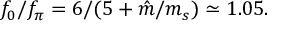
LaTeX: f _ { 0 } / f _ { \pi } = 6 / ( 5 + \hat { m } / m _ { s } ) \simeq 1 . 0 5 .